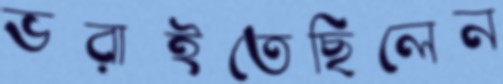
ভরাইতেছিলেন